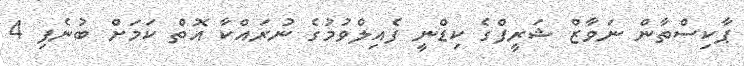
ޕާކިސްތާން ނަވާޒް ޝަރީފްގެ ކިޑްނީ ފެއިލްވުމުގެ ނުރައްކާ އޮތް ކަމަށް ބުނެފި 4